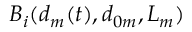
B _ { i } ( d _ { m } ( t ) , d _ { 0 m } , L _ { m } )